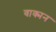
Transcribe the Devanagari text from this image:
वाक्मन